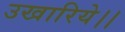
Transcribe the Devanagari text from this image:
उखारिये।।